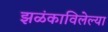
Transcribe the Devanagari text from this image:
झळंकाविलेल्या